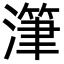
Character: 潷